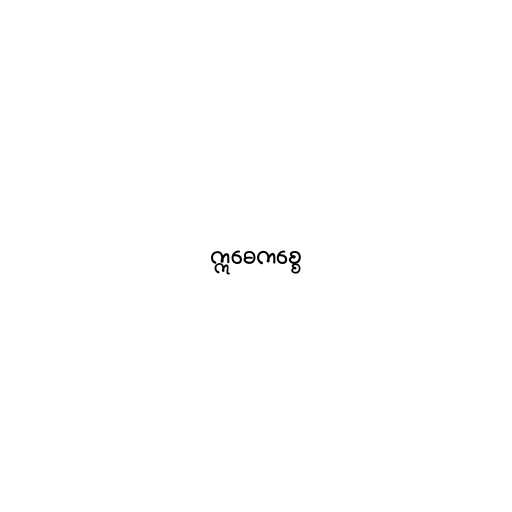
ဣဓေကစ္စေ